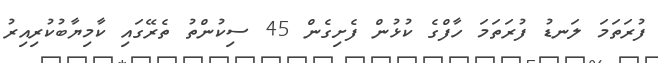
ފުރަތަަމަ ލަނޑު ފުރަތަމަ ހާފްގެ ކުޅުން ފެށިގެން 45 ސިކުންތު ތެރޭގައި ކާމިޔާބުކުރިއިރު